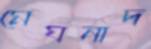
মেঘনাদ